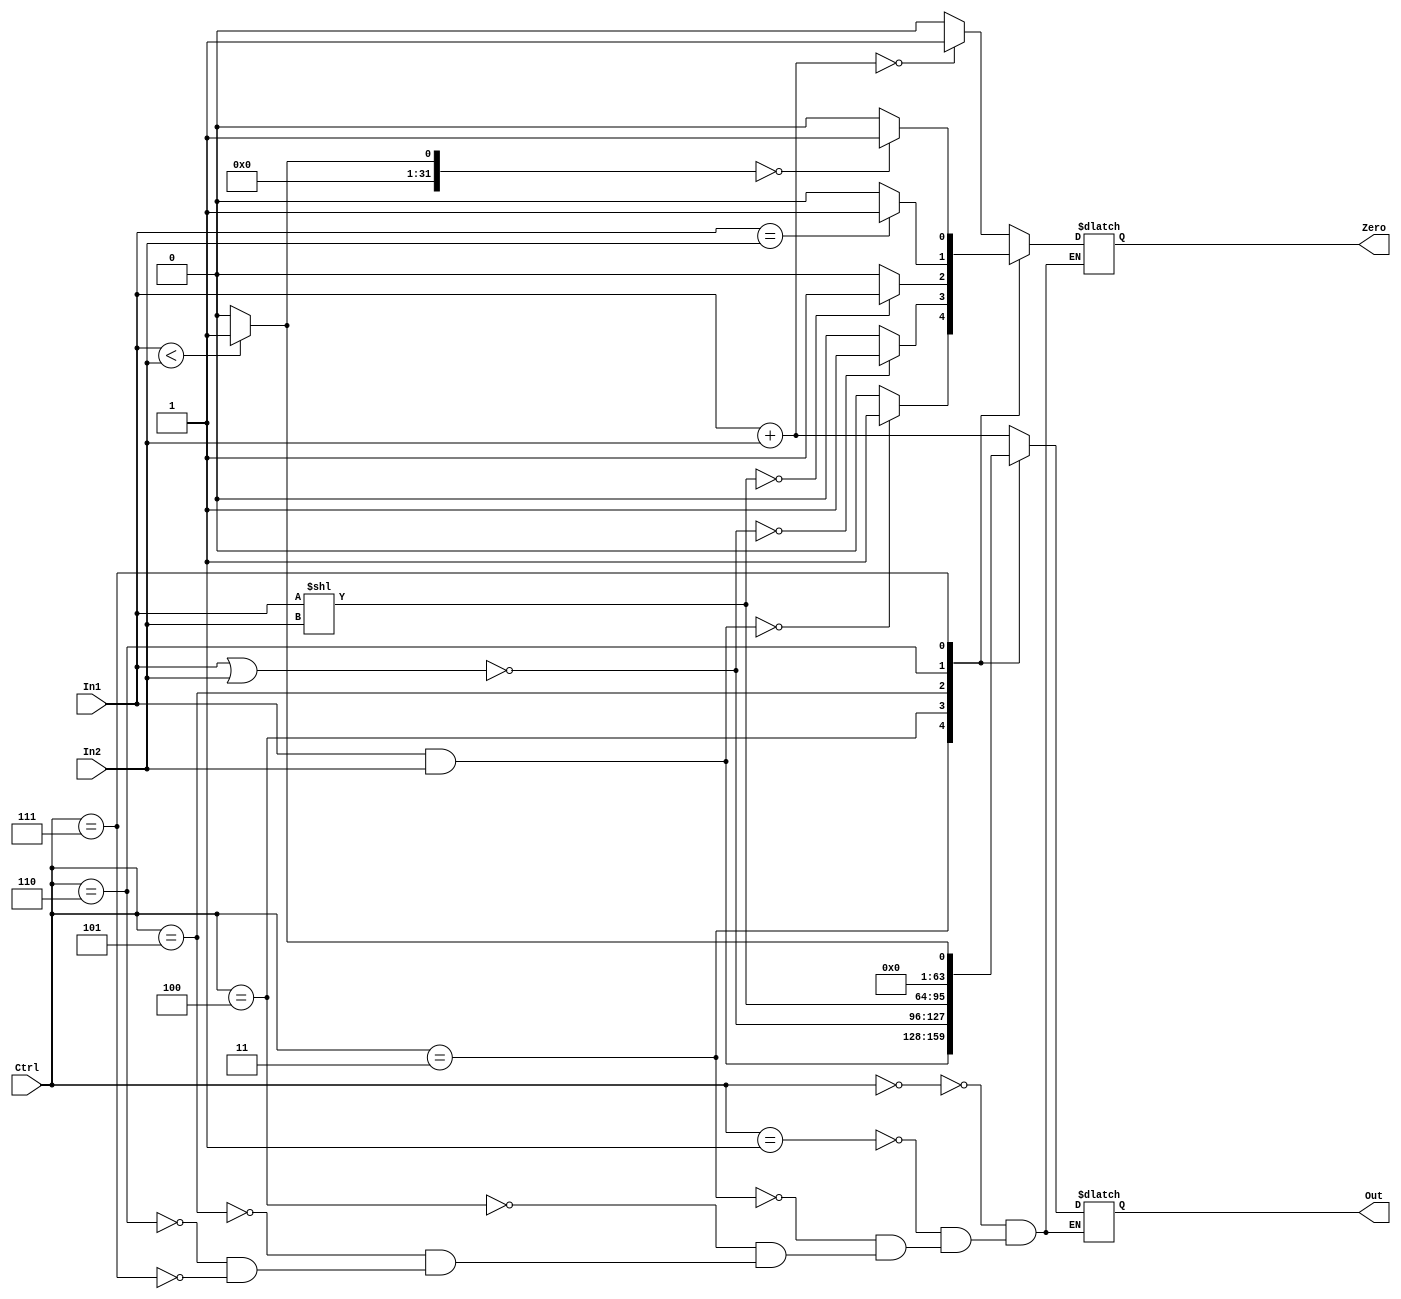
module ALU (Out,Zero,In1,In2,Ctrl) ;
	input[31:0]In1,In2;
	output reg[31:0]Out;
	input[2:0]Ctrl;
	output reg Zero;
	parameter [2:0]	
	add=3'b000,
	lw=3'b001,
	sw=3'b010,
	and1=3'b011,
	nor1=3'b100,
	sll=3'b101,
	beq=3'b110,
	slt=3'b111;
 always @( Ctrl or In1 or In2 )
	begin  
		case(Ctrl)
			add: begin
				Out=In1+In2;
				if(Out==0)
					Zero=1;
				else
					Zero=0;
				end
			lw: begin
				Out=In1+In2;
				if(Out==0)
					Zero=1;
				else
					Zero=0;
				end
			and1: begin
				Out=In1&In2;
				if(Out==0)
					Zero=1;
				else
					Zero=0;
				end
			nor1: begin
				Out=~(In1|In2);
				if(Out==0)
					Zero=1;
				else
					Zero=0;
				end
			sll: begin
				Out=In1<<In2;
				if(Out==0)
					Zero=1;
				else
					Zero=0;
				end
			beq: begin
				if (In1==In2)
					begin	
						Out=0;
						Zero=1;
					end
				else
					begin
						Out=0;
						Zero=0;
					end
					
				end
			slt: begin
				if(In1<In2)	Out=1;
				else	Out=0;
				if(Out==0)
					Zero=1;
				else
					Zero=0;
				end
		endcase
	end
endmodule


module ALU_tb;
	reg [31:0]In1,In2;
	reg [2:0]Ctrl;
	wire [31:0]Out;
	wire Zero;
	ALU U0(.Out(Out),.Zero(Zero),.In1(In1),.In2(In2),.Ctrl(Ctrl));
	initial
		begin
			In1=5'b11101;		 //add 29+21
			In2=5'b10101;
			Ctrl=3'b000;
			
			#70 In1=5'b01100;	 //lw 12,11
			#0 In2=5'b01011;
			#0 Ctrl=3'b001;
			
			#70 In1=5'b00000;	//	add 0+3
			#0 In2=5'b00011;
			#0 Ctrl= 3'b000;
			
			#70 In1=5'b01100;	   // and1 
			#0 In2=5'b01011;
			#0 Ctrl= 3'b011;	
			
			#70 In1=5'b00101;  //nor1
			#0 In2=5'b01001;
			#0 Ctrl= 3'b100;	
			
			#70 In1=5'b00100;	// sll 4,7
			#0 In2=5'b00111;
			#0 Ctrl= 3'b101;
			
			#70 In1=5'b00001;	//beq 1,1
			#0 In2=5'b00001;
			#0 Ctrl= 3'b110;	  
			
			#70 In1=5'b00000;	//slt 0,3
			#0 In2=5'b00011;
			#0 Ctrl= 3'b111;
			
			#20 $finish	;
		end
endmodule